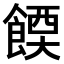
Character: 𫗔